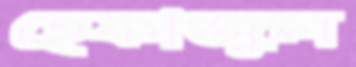
হেফাজুল